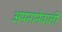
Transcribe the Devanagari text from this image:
अपनानेवाली